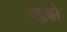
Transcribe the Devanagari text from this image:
ब्लॉको